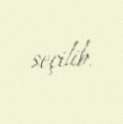
seçilib.